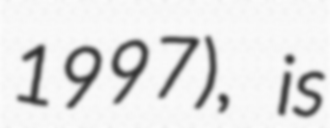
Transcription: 1997), is